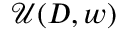
\mathcal { U } ( D , w )